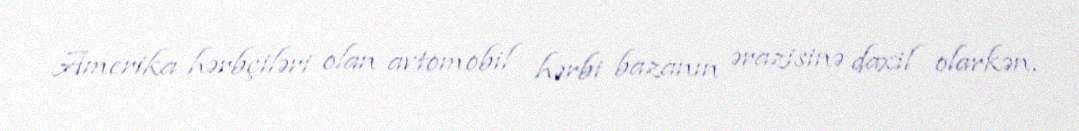
Amerika hərbçiləri olan avtomobil hərbi bazanın ərazisinə daxil olarkən,